Vaccination in Burma 1920-1933 - 1920-1933
Year: 1920
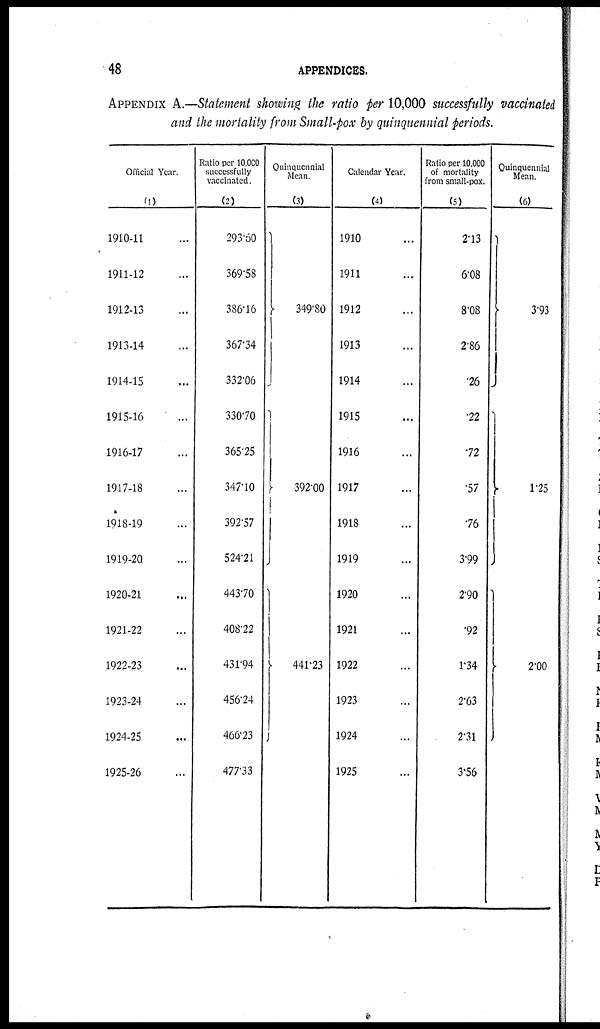
48
APPENDICES.
APPENDIX A.Statement showing the ratio per 10,000 successfully vaccinated
and the mortality from Small-pox by quinquennial periods.
Official Year.
(1)
1910-11...
1911-12...
1912-13...
1913-14...
1914-15...
1915-16...
1916-17...
1917-18...
1918-19...
1919-20...
1920-21...
1921-22...
1922-23...
1923-24...
1924-25...
1925-26...
Ratio per 10,000
successfully
vaccinated.
(2)
293.60
369.58
386.16
367.34
332.06
330.70
365.25
347.10
392.57
524.21
443.70
408.22
431.94
456.24
466.23
477.33
Quinquennial
Mean.
(3)
349.80
392.00
441.23
Calendar Year.
(4)
1910...
1911...
1912...
1913...
1914...
1915...
1916...
1917...
1918...
1919...
1920...
1921...
1922...
1923...
1924...
1925...
Ratio per 10,000
of mortality
from small-pox.
(5)
2.13
6.08
8.08
2.86
.26
.22
72
.57
.76
3.99
290
.92
1.34
2.63
2.31
3.56
Quinquennial
Mean.
(6)
3.93
1.25
2.00